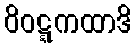
ဝိဝဋ္ဋကထာဒိ